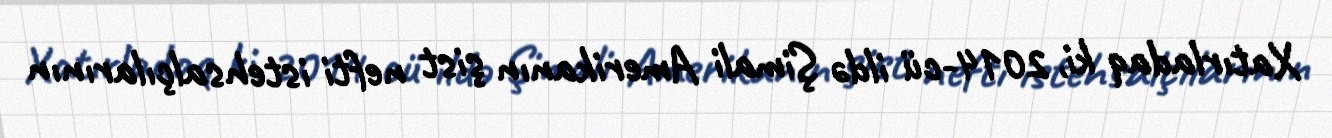
Xatırladaq ki, 2014-cü ildə Şimali Amerikanın şist nefti istehsalçılarının